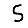
Digit: 5